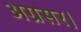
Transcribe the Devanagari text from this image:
अग्रसर।